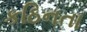
કઠિનતા